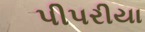
પીપરીયા